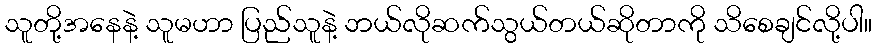
သူတို့အနေနဲ့ သူမဟာ ပြည်သူနဲ့ ဘယ်လိုဆက်သွယ်တယ်ဆိုတာကို သိစေချင်လို့ပါ။